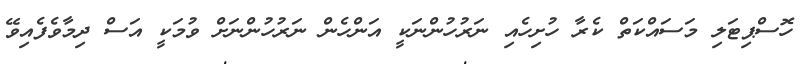
ހޮސްޕިޓަލި މަސައްކަތް ކެރާ ހުށިހެއި ނަރުހުންނަކީ އަންހެން ނަރުހުންނަށް ވުމަކީ އަސް ދިމާވެފެއިވޭ